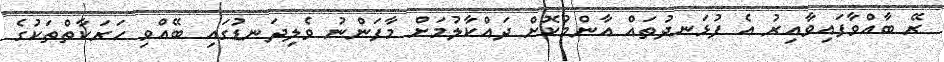
ރޭ ބާއްވާފައިވާއިރު އެ ފުޅަނދުތައް އާންމުކޮށް ދައްކާލުމަށް މާފަންނު ވެލިދަނޑުގައި ބޭއްވި ހަރަކާތްތަކުގެ